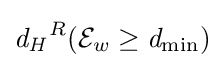
{\mathit {d_{H}}}^{R}({\mathcal {E}}_{w}\geq {\mathit {d_{\min }}})